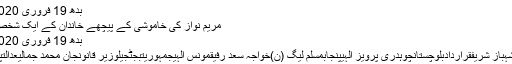
بدھ 19 فروری 2020 - 15:48
مریم نواز کی خاموشی کے پیچھے خاندان کے ایک شخص کا ہاتھ ہے
بدھ 19 فروری 2020 - 10:41
اسمبلیپاکستانشہباز شریفقراردادبلوچستانچوہدری پرویز الٰہیپنجابمسلم لیگ (ن)خواجہ سعد رفیقمونس الٰہیجمہوریتبجٹجیلوزیر قانونجان محمد جمالیعدالتپنجاب اسمبلی